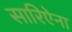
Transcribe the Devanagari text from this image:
सारिऐना